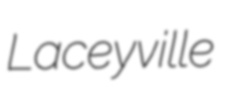
Laceyville